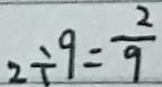
2 \div 9 = \frac { 2 } { 9 }